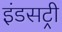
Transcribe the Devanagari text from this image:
इंडसट्री